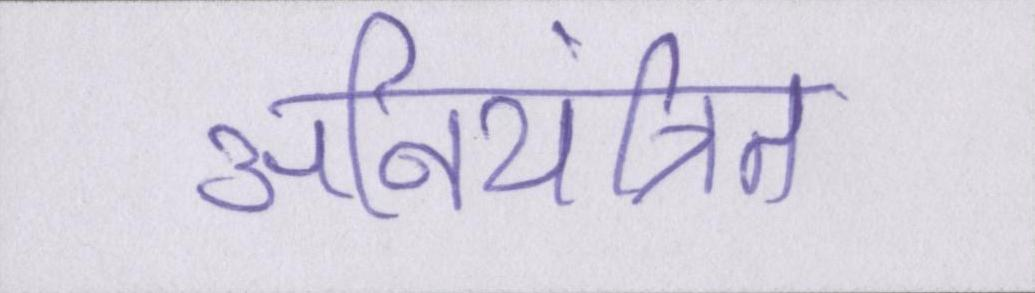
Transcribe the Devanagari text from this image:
अनियंत्रित